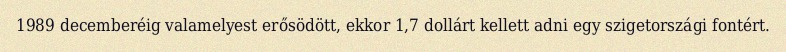
1989 decemberéig valamelyest erősödött, ekkor 1,7 dollárt kellett adni egy szigetországi fontért.